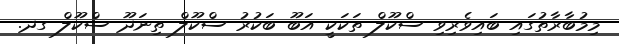
މިމުބާރާތުގައި ބައިވެރިވި ސްކޫލް ތަކަކީ އަބޫ ބަކުރު ސްކޫލް ތިނަދޫ ސްކޫލް ގދ.